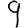
Digit: 9